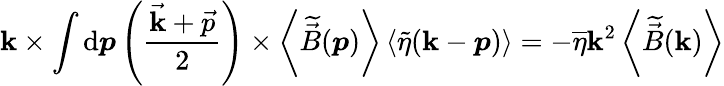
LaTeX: \boldsymbol{\mathbf{k}}\times\int\mathrm{{d}}\boldsymbol{p}\left(\frac{{\vec{{\mathbf{k}}}+\vec{{p}}}}{{2}}\right)\times\left<\widetilde{{\vec{{B}}}}(\boldsymbol{p})\right>\left<\widetilde{{\eta}}(\boldsymbol{\mathbf{k}}-\boldsymbol{p})\right>=-\overline{{{\eta}}}\mathbf{k}^{2}\left<\widetilde{{\vec{{B}}}}(\boldsymbol{\mathbf{k}})\right>